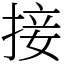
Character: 接